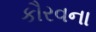
કૌરવના